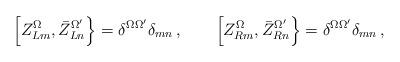
LaTeX: \begin{align*}\left[ Z^\Omega_{Lm} , \bar Z^{\Omega'}_{Ln}\right\}=\delta^{\Omega\Omega'}\delta_{mn} \, , \qquad \left[Z^\Omega_{Rm} , \bar Z^{\Omega'}_{Rn}\right\}=\delta^{\Omega\Omega'}\delta_{mn} \, ,\end{align*}